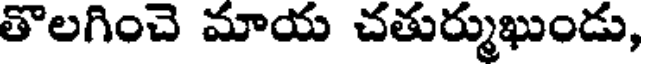
తొలగించె మాయ చతుర్ముఖుండు,